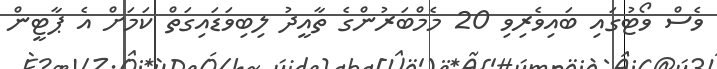
ވެސް ވޯޓުގައި ބައިވެރިވި 20 މެމްބަރުންގެ ތާއީދު ލިބިވަޑައިގަތް ކަމަށް އެ ޕާޓީން